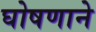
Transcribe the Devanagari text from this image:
घोषणाने